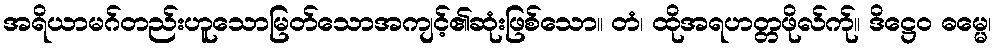
အရိယာမဂ်တည်းဟူသောမြတ်သောအကျင့်၏ဆုံးဖြစ်သော။ တံ၊ ထိုအရဟတ္တဖိုလ်က်ု။ ဒိဋ္ဌေဝ ဓမ္မေ၊